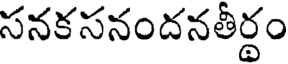
సనకసనందనతీర్థం